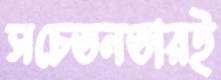
সচেতনতারই